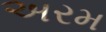
અરમ